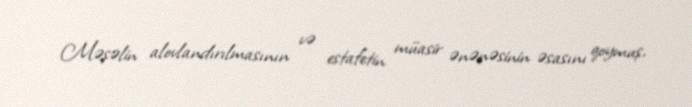
Məşəlin alovlandırılmasının və estafetin müasir ənənəsinin əsasını qoymuş,